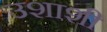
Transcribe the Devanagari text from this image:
उशाशी